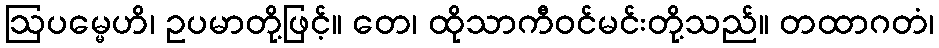
ဩပမ္မေဟိ၊ ဥပမာတို့ဖြင့်။ တေ၊ ထိုသာကီဝင်မင်းတို့သည်။ တထာဂတံ၊